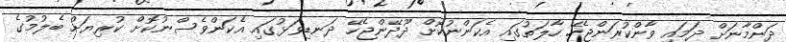
ދަންމާނަށް ދަމައި ވާންކުރަންޖެހޭ ހާލަތުގައި އެކަންނުކޮށް ދޫދޭންޖެހޭ ދަނޑިވަޅުގައި އެކަންވެސްނުކޮށް ކުރިޔަށް ބެލުމުގެ